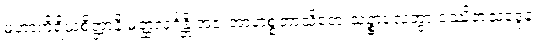
မဟာကိရိယစိတ္တာနိ မတ္ထလုင်္ဂန္တိ အဇ အာဟစ္စဘာသိတေ သဉ္စာလေတွာ ဝဿိတသဒ္ဒေန